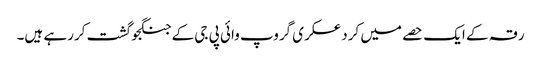
رقہ کے ایک حصے میں کرد عسکری گروپ وائی پی جی کے جنگجو گشت کررہے ہیں۔